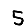
Digit: 5